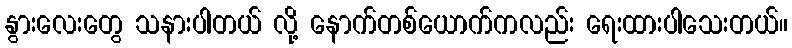
နွားလေးတွေ သနားပါတယ် လို့ နောက်တစ်ယောက်ကလည်း ရေးထားပါသေးတယ်။